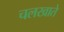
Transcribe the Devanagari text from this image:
चलखाते